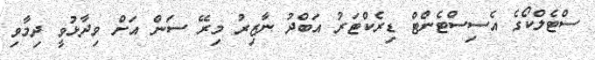
ސްޓެލްކޯގެ އެސިސްޓެންޓް ޑިރެކްޓަރު އަބްދު ނާޒިރު މިރޭ ސަން އަށް ވިދާޅުވީ ދިމާވި